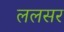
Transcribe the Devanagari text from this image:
ललसर